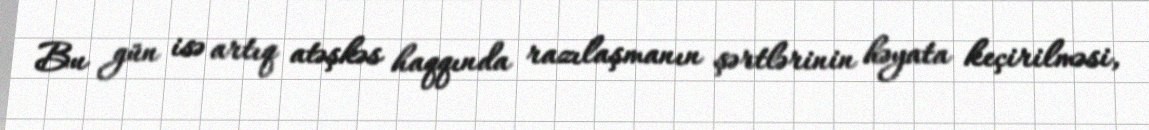
Bu gün isə artıq atəşkəs haqqında razılaşmanın şərtlərinin həyata keçirilməsi,